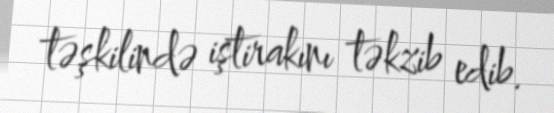
təşkilində iştirakını təkzib edib.